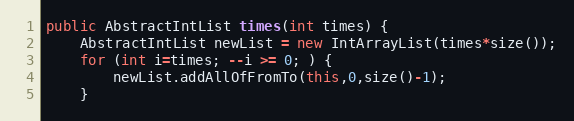
Language: Java
public AbstractIntList times(int times) {
	AbstractIntList newList = new IntArrayList(times*size());
	for (int i=times; --i >= 0; ) {
		newList.addAllOfFromTo(this,0,size()-1);
	}